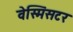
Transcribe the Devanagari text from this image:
वेस्मिंसटर